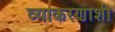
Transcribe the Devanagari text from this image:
व्याकरणाशी